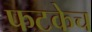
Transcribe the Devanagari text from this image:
फटकेच